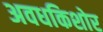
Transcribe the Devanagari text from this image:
अवधकिशोर